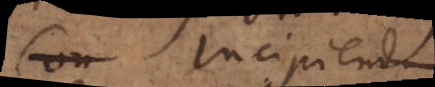
Con Incipiendum